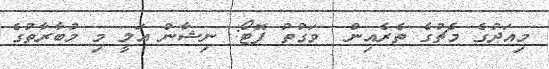
މިއަދުގެ މެޗުގެ ތެރެއިން  ވަގުތު ފޮޓޯ: ނިޝާން އަލީ މި މުބާރާތުގެ